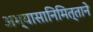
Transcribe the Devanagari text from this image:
अभ्यासानिमित्ताने